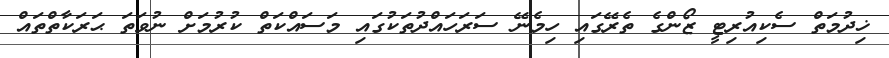
ޚިދުމަތް ސެކިއުރިޓީ ޒޯންގެ ތެރޭގައި ހިމެނޭ ސަރަހައްދުތަކުގައި މަސައްކަތް ކުރުމަށް ނުވަތަ ޙަރަކާތްތައް